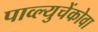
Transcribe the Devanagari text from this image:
पाव्ल्युचेंकोवा